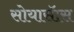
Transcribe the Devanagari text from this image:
सोयासॅास